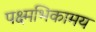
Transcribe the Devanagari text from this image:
पक्ष्मभिकामय